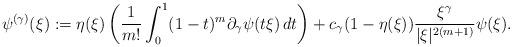
LaTeX: \begin{align*}\psi^{(\gamma)}(\xi):=\eta(\xi)\left(\frac{1}{m!}\int_{0}^{1}(1-t)^m \partial_{\gamma}\psi(t\xi)\,dt\right) + c_{\gamma} (1-\eta(\xi))\frac{\xi^{\gamma}}{|\xi|^{2(m+1)}}\psi(\xi).\end{align*}